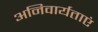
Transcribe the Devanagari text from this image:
अनिवार्यताएं